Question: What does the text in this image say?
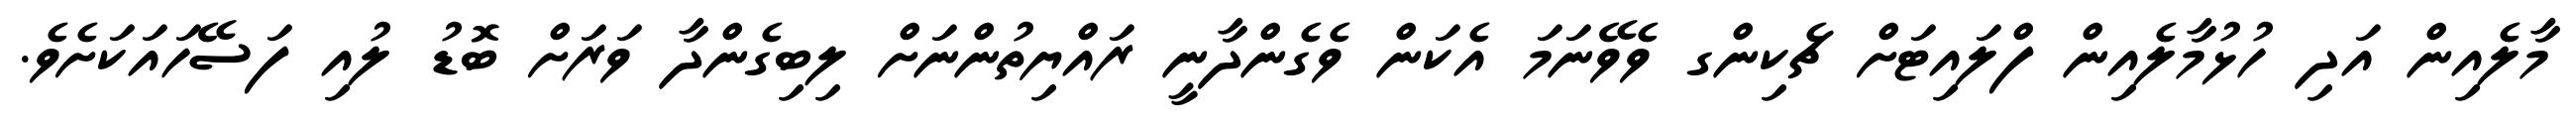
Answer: މާލެއިން އަދި ހުޅުމާލެއިން ފްލައިޓަށް ޗެކިންގ ވެވޭނަމަ އެކަން ވެގެންދާނީ ރައްޔިތުންނަށް ލިބިގެންދާ ވަރަށް ބޮޑު ލުއި ފަސޭހައަކަށެވެ.